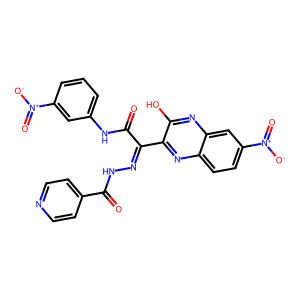
SMILES: O=C(Nc1cccc([N+](=O)[O-])c1)C(=NNC(=O)c1ccncc1)c1nc2ccc([N+](=O)[O-])cc2nc1O
Inhibits HIV replication: No